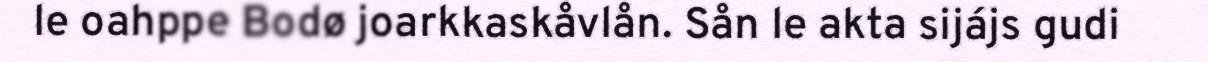
le oahppe Bodø joarkkaskåvlån. Sån le akta sijájs gudi